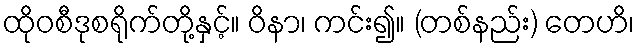
ထိုဝစီဒုစရိုက်တို့နှင့်။ ဝိနာ၊ ကင်း၍။ (တစ်နည်း) တေဟိ၊